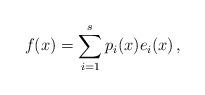
LaTeX: \begin{align*} f(x)=\sum_{i=1}^sp_i(x) e_i(x)\,, \end{align*}